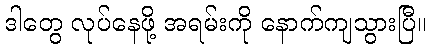
ဒါတွေ လုပ်နေဖို့ အရမ်းကို နောက်ကျသွားပြီ။